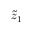
\tilde { z } _ { 1 }